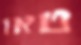
טאו